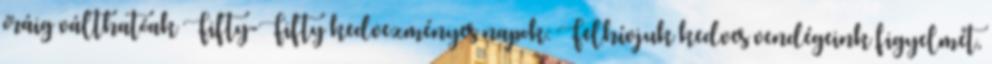
óráig válthatóak Fifty-Fifty kedvezményes napok: Felhívjuk kedves vendégeink figyelmét,